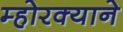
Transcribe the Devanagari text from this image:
म्होरक्याने